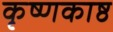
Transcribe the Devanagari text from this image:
कृष्णकाष्ठ